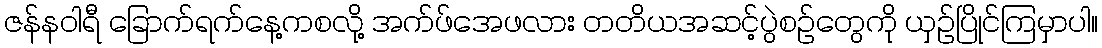
ဇန်နဝါရီ ခြောက်ရက်နေ့ကစလို့ အက်ဖ်အေဖလား တတိယအဆင့်ပွဲစဉ်တွေကို ယှဉ်ပြိုင်ကြမှာပါ။